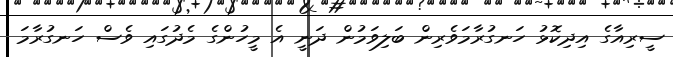
ސީރިއާގެ އިދިކޮޅު ހަނގުރާމަވެރިން ބަލިވަމުން ދަނީ އެ މީހުންގެ މެދުގައި ވެސް ހަނގުރާމަ